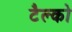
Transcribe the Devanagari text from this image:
टैल्को